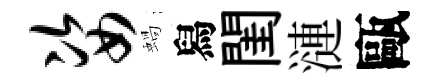
姿蝸舄閨漣甌